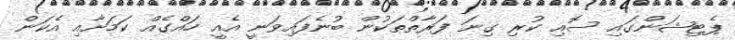
ޕެޓިޝަންގައި ސޮއި ކުރި ގިނަ ފަރާތްތަކުން ބުނެފައިވަނީ އެއީ ހައްގެއް ކަމަށާއި އެކަން